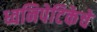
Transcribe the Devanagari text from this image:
ध्वनिपेटिकेचे